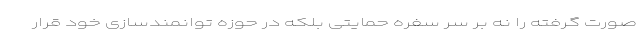
صورت گرفته را نه بر سر سفره حمایتی بلکه در حوزه توانمندسازی خود قرار